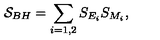
{ \cal S } _ { B H } = \sum _ { i = 1 , 2 } S _ { E _ { i } } S _ { M _ { i } } ,